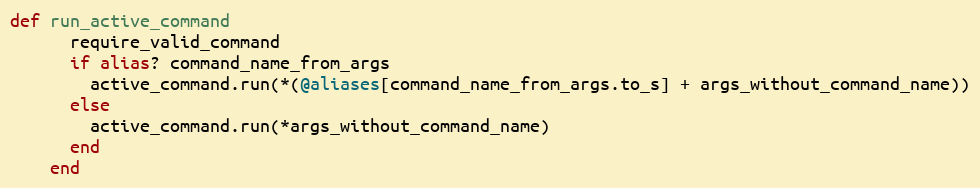
Language: Ruby
def run_active_command
      require_valid_command
      if alias? command_name_from_args
        active_command.run(*(@aliases[command_name_from_args.to_s] + args_without_command_name))
      else
        active_command.run(*args_without_command_name)
      end
    end